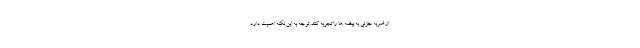
از ضربه جزئی به بیضه ها را تجربه کنند. توجه به این نکته اهمیت دارد